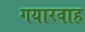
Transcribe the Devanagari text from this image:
गयारवाह